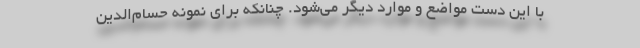
با این دست مواضع و موارد دیگر می‌شود. چنانکه برای نمونه حسام‌الدین